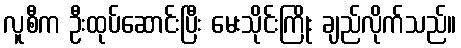
လူစီက ဦးထုပ်ဆောင်းပြီး မေးသိုင်းကြိုး ချည်လိုက်သည်။